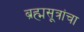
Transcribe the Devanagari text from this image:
ब्रह्मसूत्रांचा